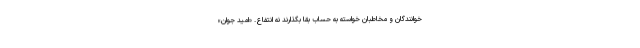
خوانندگان و مخاطبان خواسته به حساب بقا بگذارند نه انتفاع. «امید جوان»